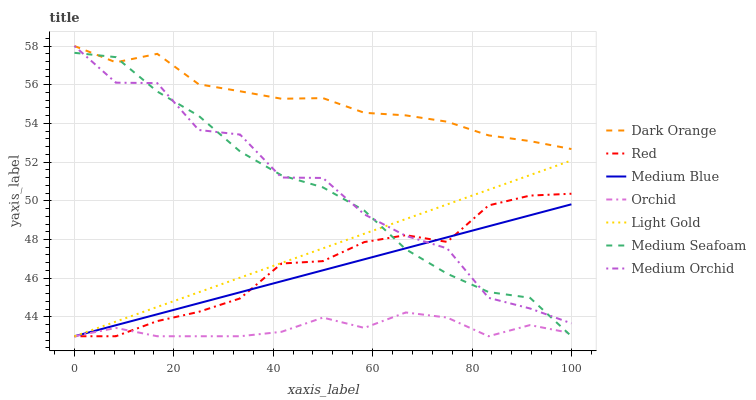
| xaxis_label | Dark Orange | Red | Medium Blue | Orchid | Light Gold | Medium Seafoam | Medium Orchid |
 | --- | --- | --- | --- | --- | --- | --- | --- |
 | 0 | 58 | 43 | 43 | 43 | 43 | 57.6 | 58 |
 | 8.33 | 57.2 | 43 | 43.6 | 43.4 | 43.8 | 57.4 | 56.1 |
 | 16.7 | 57.6 | 43.8 | 44.1 | 43 | 44.5 | 55.6 | 56.1 |
 | 25 | 56 | 44.3 | 44.7 | 43 | 45.3 | 54.4 | 53.7 |
 | 33.3 | 55.7 | 45 | 45.3 | 43 | 46 | 52.5 | 53.4 |
 | 41.7 | 55.3 | 46.8 | 45.8 | 43.2 | 46.8 | 51.3 | 51.2 |
 | 50 | 55.3 | 46.9 | 46.4 | 44 | 47.5 | 50.7 | 51.2 |
 | 58.3 | 54.5 | 47.9 | 47 | 43.4 | 48.3 | 49.5 | 49.3 |
 | 66.7 | 54.4 | 48.2 | 47.5 | 44.2 | 49.1 | 47.5 | 48.2 |
 | 75 | 54.1 | 47.9 | 48.1 | 44 | 49.8 | 46.2 | 47.5 |
 | 83.3 | 53.4 | 49.8 | 48.7 | 43 | 50.6 | 45.3 | 45 |
 | 91.7 | 53.1 | 50.3 | 49.3 | 43.6 | 51.3 | 45 | 44.4 |
 | 100 | 52.7 | 50.4 | 49.8 | 43.2 | 52.1 | 43 | 43.7 |